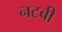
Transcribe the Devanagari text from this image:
नटबी